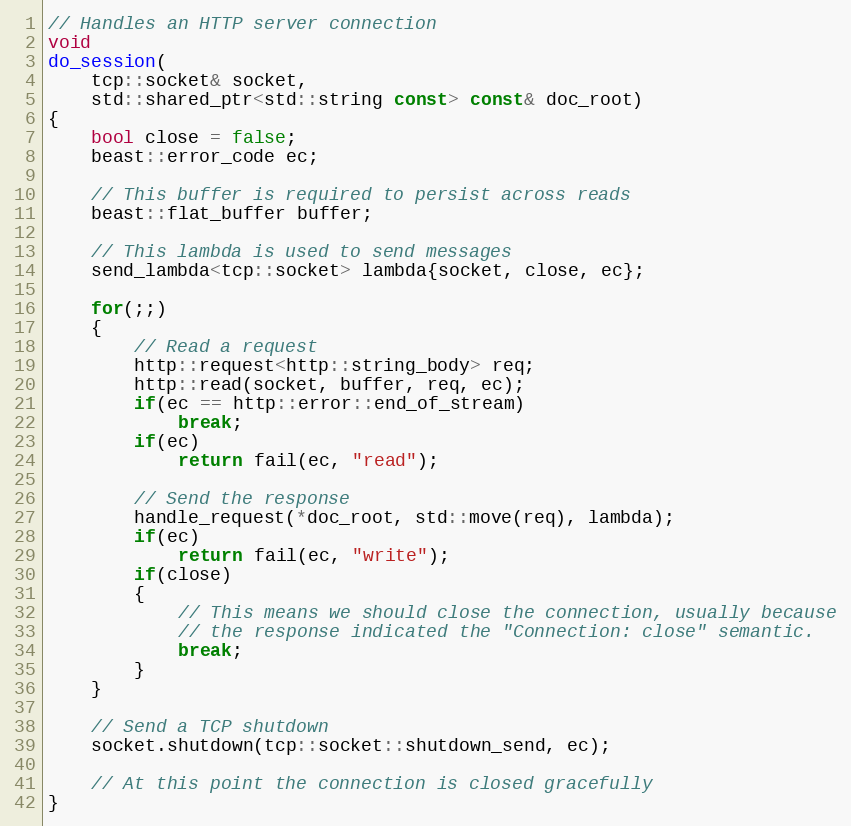
Language: C++
// Handles an HTTP server connection
void
do_session(
    tcp::socket& socket,
    std::shared_ptr<std::string const> const& doc_root)
{
    bool close = false;
    beast::error_code ec;

    // This buffer is required to persist across reads
    beast::flat_buffer buffer;

    // This lambda is used to send messages
    send_lambda<tcp::socket> lambda{socket, close, ec};

    for(;;)
    {
        // Read a request
        http::request<http::string_body> req;
        http::read(socket, buffer, req, ec);
        if(ec == http::error::end_of_stream)
            break;
        if(ec)
            return fail(ec, "read");

        // Send the response
        handle_request(*doc_root, std::move(req), lambda);
        if(ec)
            return fail(ec, "write");
        if(close)
        {
            // This means we should close the connection, usually because
            // the response indicated the "Connection: close" semantic.
            break;
        }
    }

    // Send a TCP shutdown
    socket.shutdown(tcp::socket::shutdown_send, ec);

    // At this point the connection is closed gracefully
}